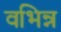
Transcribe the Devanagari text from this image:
वभिन्न